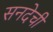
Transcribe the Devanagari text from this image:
सनदेची